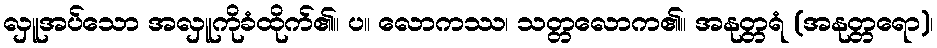
လှူအပ်သော အလှူကိုခံထိုက်၏။ ပ။ လောကဿ၊ သတ္တလောက၏။ အနုတ္တရံ (အနုတ္တရော)၊